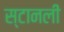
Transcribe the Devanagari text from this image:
स्टानली